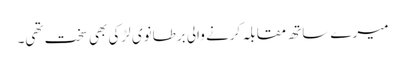
میرے ساتھ مقابلہ کرنے والی برطانوی لڑکی بھی سخت تھی۔